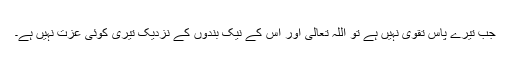
جب تیرے پاس تقویٰ نہیں ہے تو اللہ تعالیٰ اور اس کے نیک بندوں کے نزدیک تیری کوئی عزت نہیں ہے۔